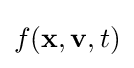
f(\mathbf {x} ,\mathbf {v} ,t)